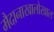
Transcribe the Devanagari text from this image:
मैदानाखालोखाल